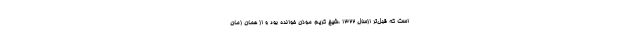
است که قبل‌تر ازسال 1322 ،شیخ کریم موذن خوانده بود و از همان زمان